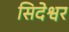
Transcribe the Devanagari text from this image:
सिदेश्वर